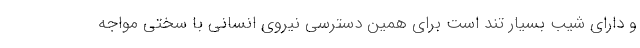
و دارای شیب بسیار تند است برای همین دسترسی نیروی انسانی با سختی مواجه